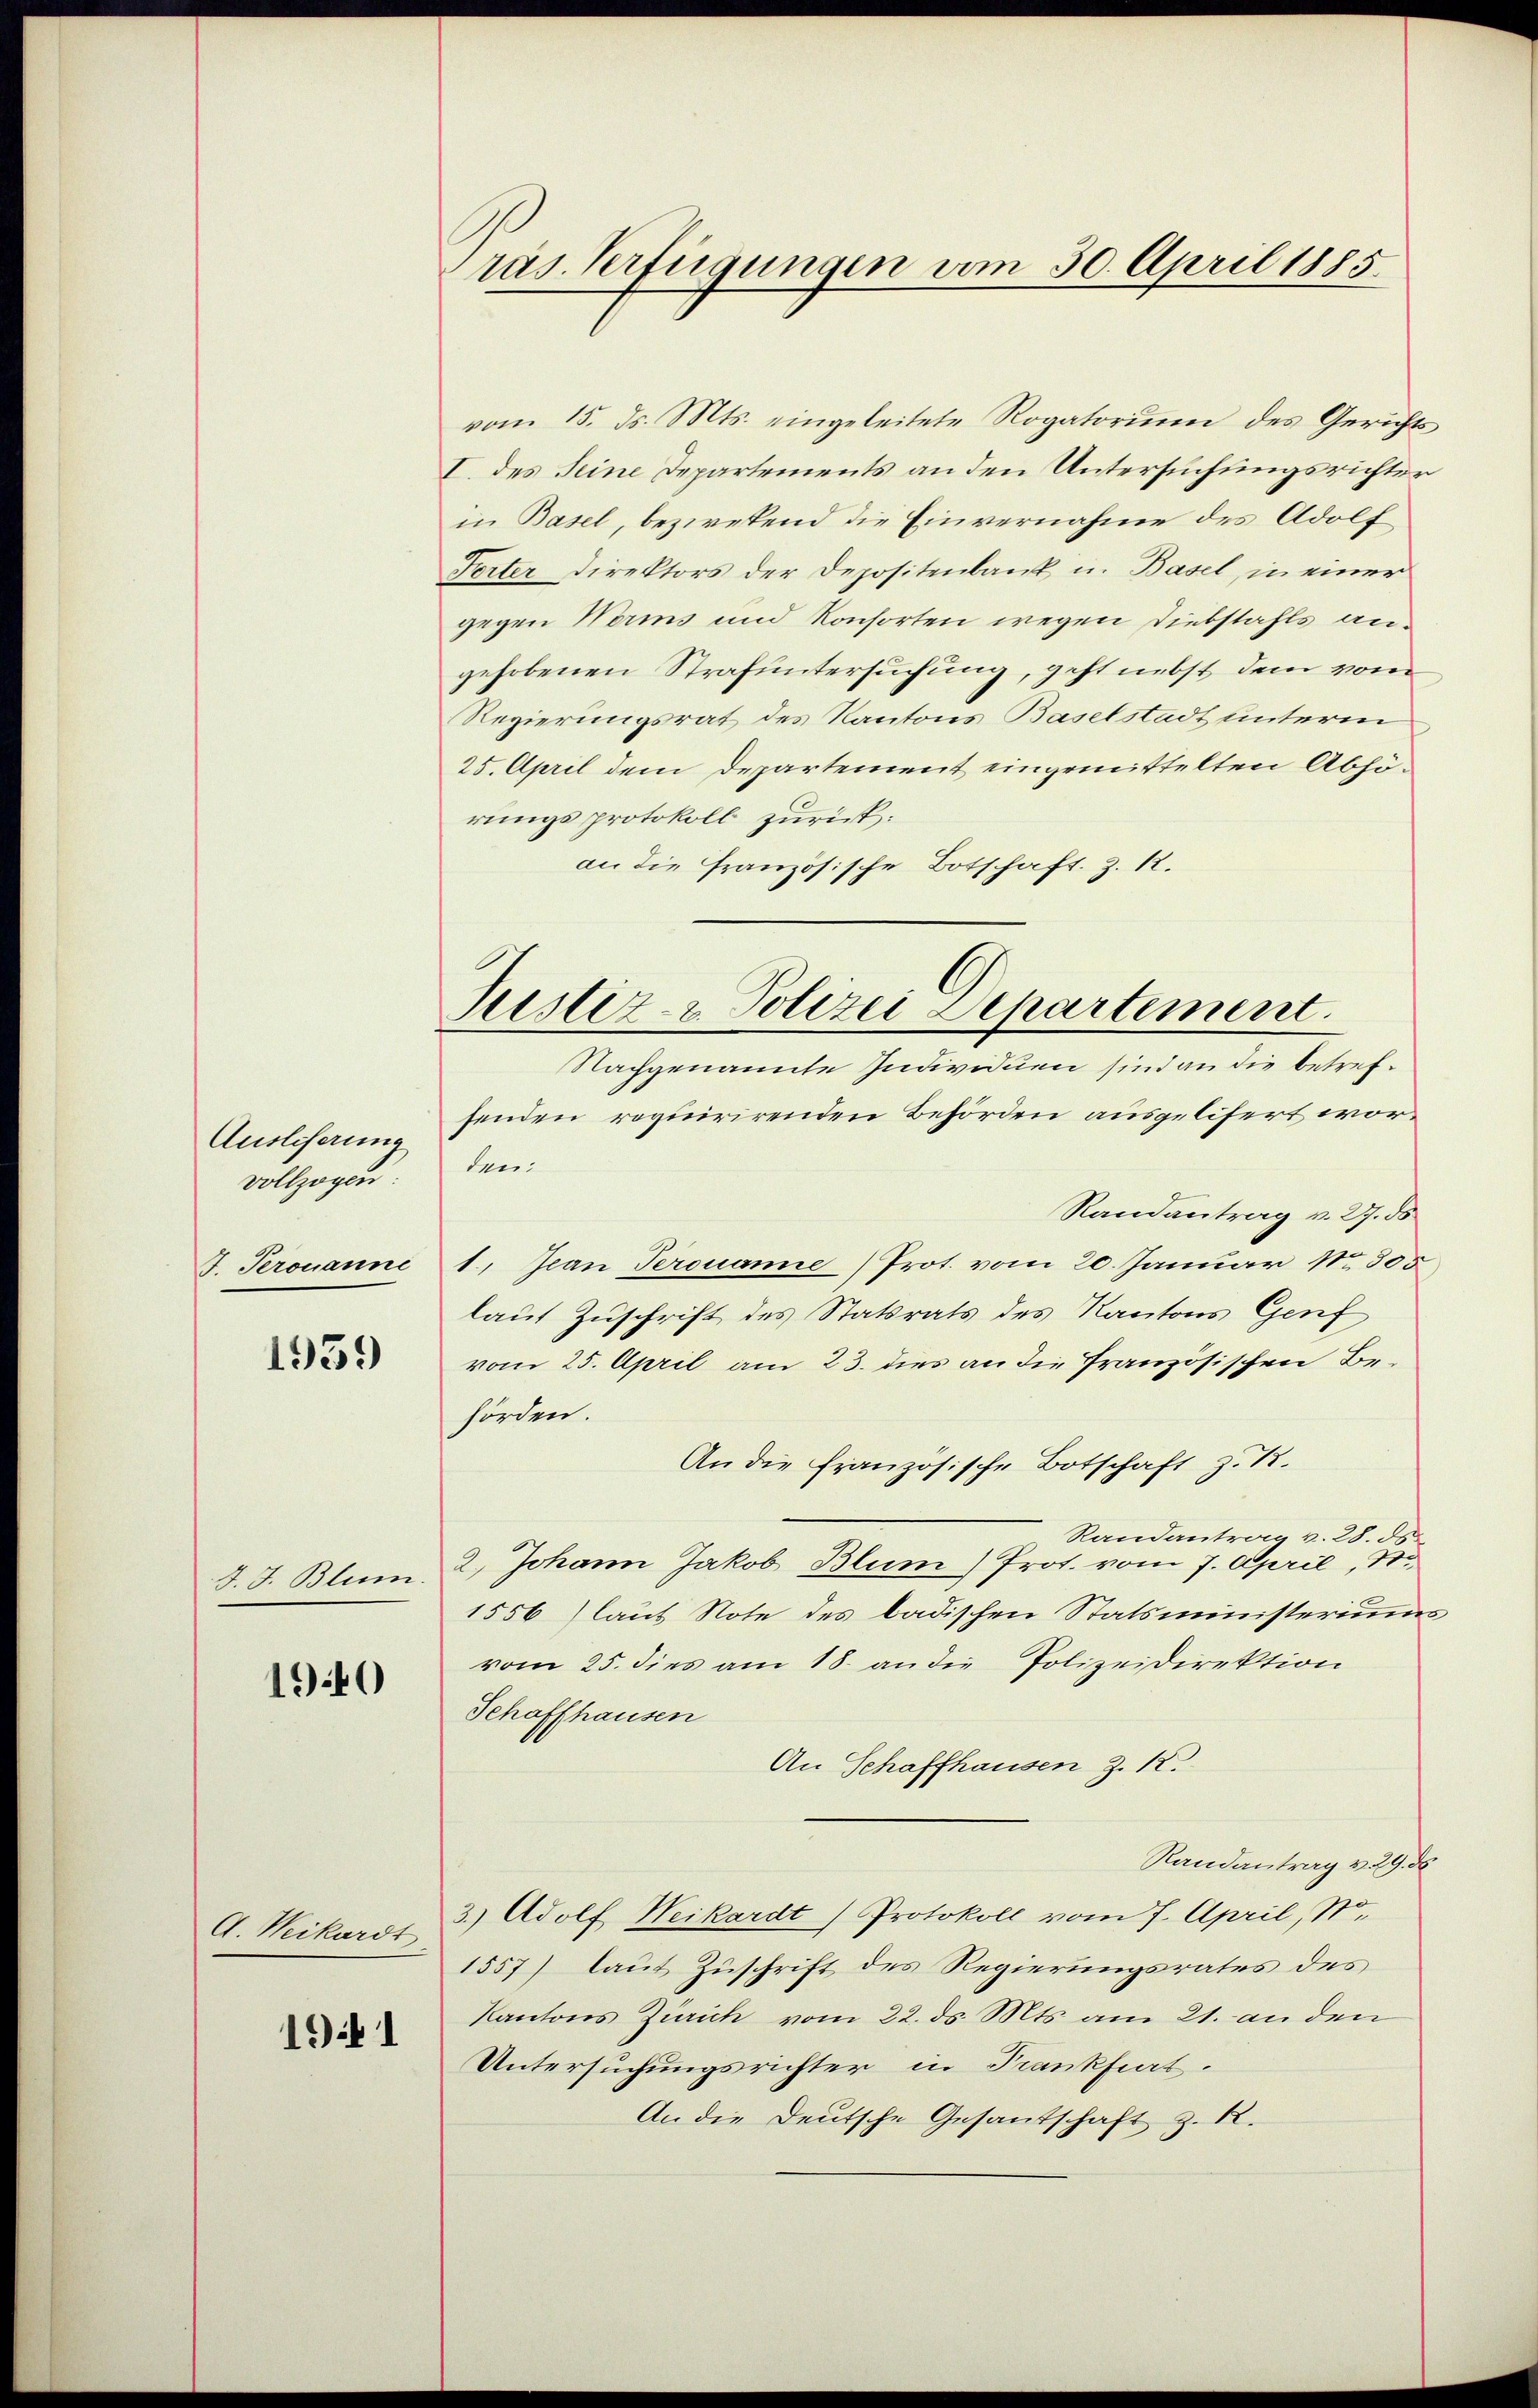
Ausliserung
vollzogen
J. Perovanne

1959

J. J. Blum

190

A. Weikardt

1941

Pras Verfügungen vom 30. April 1885.

vom 15. ds. Mts. eingeleitete Rogatoriŭm des Gerichts
I. des Seine Departements an den Untersuchungsrichter
in Basel, bezwekend die Einvernahme des Adolf
Torter Direktors der Depositenbank u. Basel, in einer
gegen Worms und Konsorten wegen Diebstahls angehobenen Strafuntersuchung, geht nebst dem vom
Regierungsrat des Kantons Baselstadt unterm
25. April dem Departement eingemittelten Abhörungsprotokoll zurück.
an die Französische Botschaft. Z. 12.

Justiz- & Polizei Departement.
Nachgenannte Individuen sind an die betref¬

fenden requirirenden Behörden ausgelisert worden.
Randantrag v. 27. ds
1., Jean Perouane) Prot. vom 20. Januar 1805
laut Zuschrift des Statsrats des Kantons Genf
vom 25. April am 23. dies an die französischen Behörden.
An die französische Botschaft z. B.
Randantrag v. 28. ds.
2.) Johann Jakob Blum) Prot. vom 7. April, 30.
1556) laut Note des badischen Statsministeriums
vom 25. dies am 18. an die Polizeidirektion
Schaffhausen
An Schaffhausen Z. 12.
Randantrag v. 29. d
3.) Adolf Weikardt Protokoll vom 7. April, No.
1557) laut Zuschrift des Regierungsrates des
Kantons Zürich vom 22. ds. Mts. am 21. an den
Untersuchungsrichter in Frankfiert.
An die Deutsche Gesandschaft z. R.